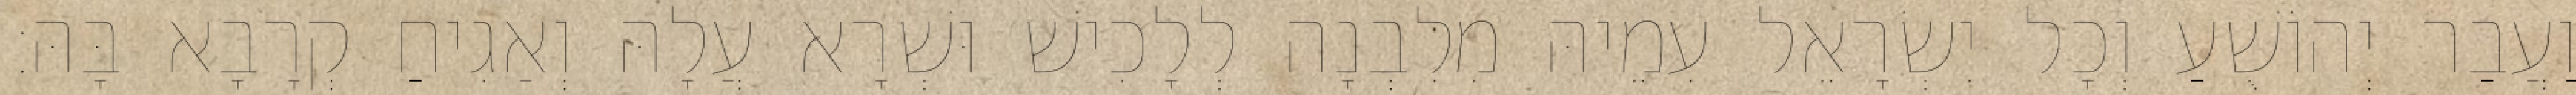
וַעֲבַר יְהוֹשֻׁעַ וְכָל יִשְׂרָאֵל עִמֵיהּ מִלִבְנָה לְלָכִישׁ וּשְׁרָא עֲלָהּ וְאַגִיחַ קְרָבָא בָּהּ׃